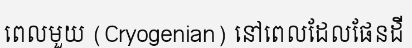
ពេលមួយ (Cryogenian) នៅពេលដែលផែនដី